Vaccination in Bombay 1869-1873 - 1869-1873
Year: 1869
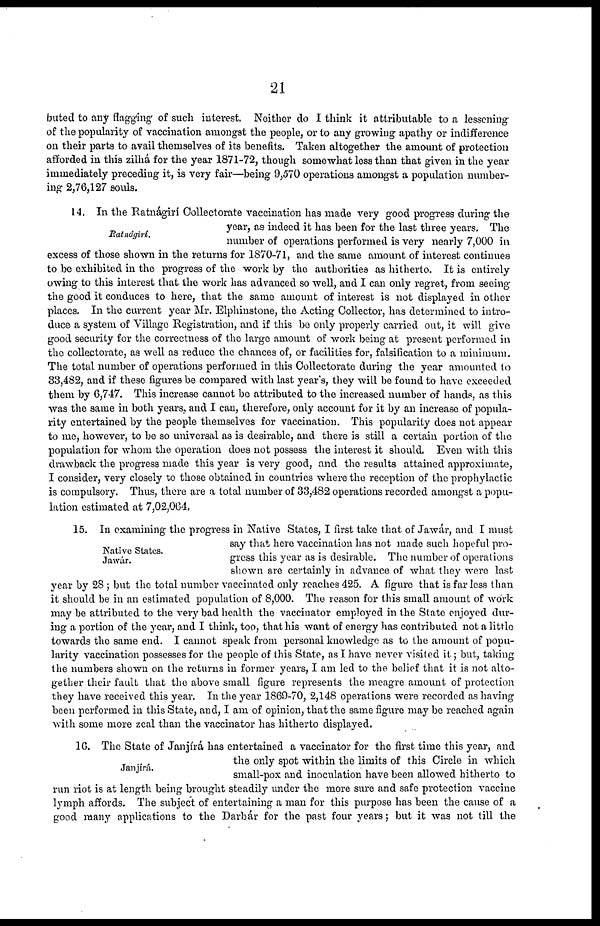
21
buted to any flagging of such interest. Neither do I think it attributable to a lessening
of the popularity of vaccination amongst the people, or to any growing apathy or indifference
on their parts to avail themselves of its benefits. Taken altogether the amount of protection
afforded in this zilhá for the year 1871-72, though somewhat less than that given in the year
immediately preceding it, is very fair—being 9,570 operations amongst a population number-
ing 2,76,127 souls.
Ratnágirí.
14. In the Ratnágirí Collectorate vaccination has made very good progress during the
year, as indeed it has been for the last three years. The
number of operations performed is very nearly 7,000 in
excess of those shown in the returns for 1870-71, and the same amount of interest continues
to be exhibited in the progress of the work by the authorities as hitherto. It is entirely
owing to this interest that the work has advanced so well, and I can only regret, from seeing
the good it conduces to here, that the same amount of interest is not displayed in other
places. In the current year Mr. Elphinstone, the Acting Collector, has determined to intro-
duce a system of Village Registration, and if this be only properly carried out, it will give
good security for the correctness of the large amount of work being at present performed in
the collectorate, as well as reduce the chances of, or facilities for, falsification to a minimum.
The total number of operations performed in this Collectorate during the year amounted to
33,482, and if these figures be compared with last year's, they will be found to have exceeded
them by 6,747. This increase cannot be attributed to the increased number of hands, as this
was the same in both years, and I can, therefore, only account for it by an increase of popula-
rity entertained by the people themselves for vaccination. This popularity does not appear
to me, however, to be so universal as is desirable, and there is still a certain portion of the
population for whom the operation does not possess the interest it should. Even with this
drawback the progress made this year is very good, and the results attained approximate,
I consider, very closely to those obtained in countries where the reception of the prophylactic
is compulsory. Thus, there are a total number of 33,482 operations recorded amongst a popu-
lation estimated at 7,02,064.
Native States.
Jawár.
15. In examining the progress in Native States, I first take that of Jawár, and I must
say that here vaccination has not made such hopeful pro-
gress this year as is desirable. The number of operations
shown are certainly in advance of what they were last
year by 28 ; but the total number vaccinated only reaches 425. A figure that is far less than
it should be in an estimated population of 8,000. The reason for this small amount of work
may he attributed to the very bad health the vaccinator employed in the State enjoyed dur-
ing a portion of the year, and I think, too, that his want of energy has contributed not a little
towards the same end. I cannot speak from personal knowledge as to the amount of popu-
larity vaccination possesses for the people of this State, as I have never visited it; but, taking
the numbers shown on the returns in former years, I am led to the belief that it is not alto-
gether their fault that the above small figure represents the meagre amount of protection
they have received this year. In the year 1869-70, 2,148 operations were recorded as having
been performed in this State, and, I am of opinion, that the same figure may be reached again
with some more zeal than the vaccinator has hitherto displayed.
Janjírá.
16. The State of Janjírá has entertained a vaccinator for the first time this year, and
the only spot within the limits of this Circle in which
small-pox and inoculation have been allowed hitherto to
run riot is at length being brought steadily under the more sure and safe protection vaccine
lymph affords. The subject of entertaining a man for this purpose has been the cause of a
good many applications to the Darbár for the past four years; but it was not till the